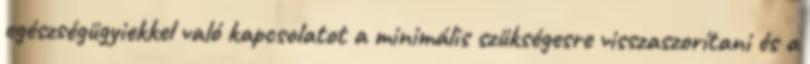
egészségügyiekkel való kapcsolatot a minimális szükségesre visszaszorítani és a